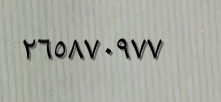
٢٦٥٨٧٠٩٧٧